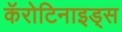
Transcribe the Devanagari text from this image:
कॅरोटिनाइड्स